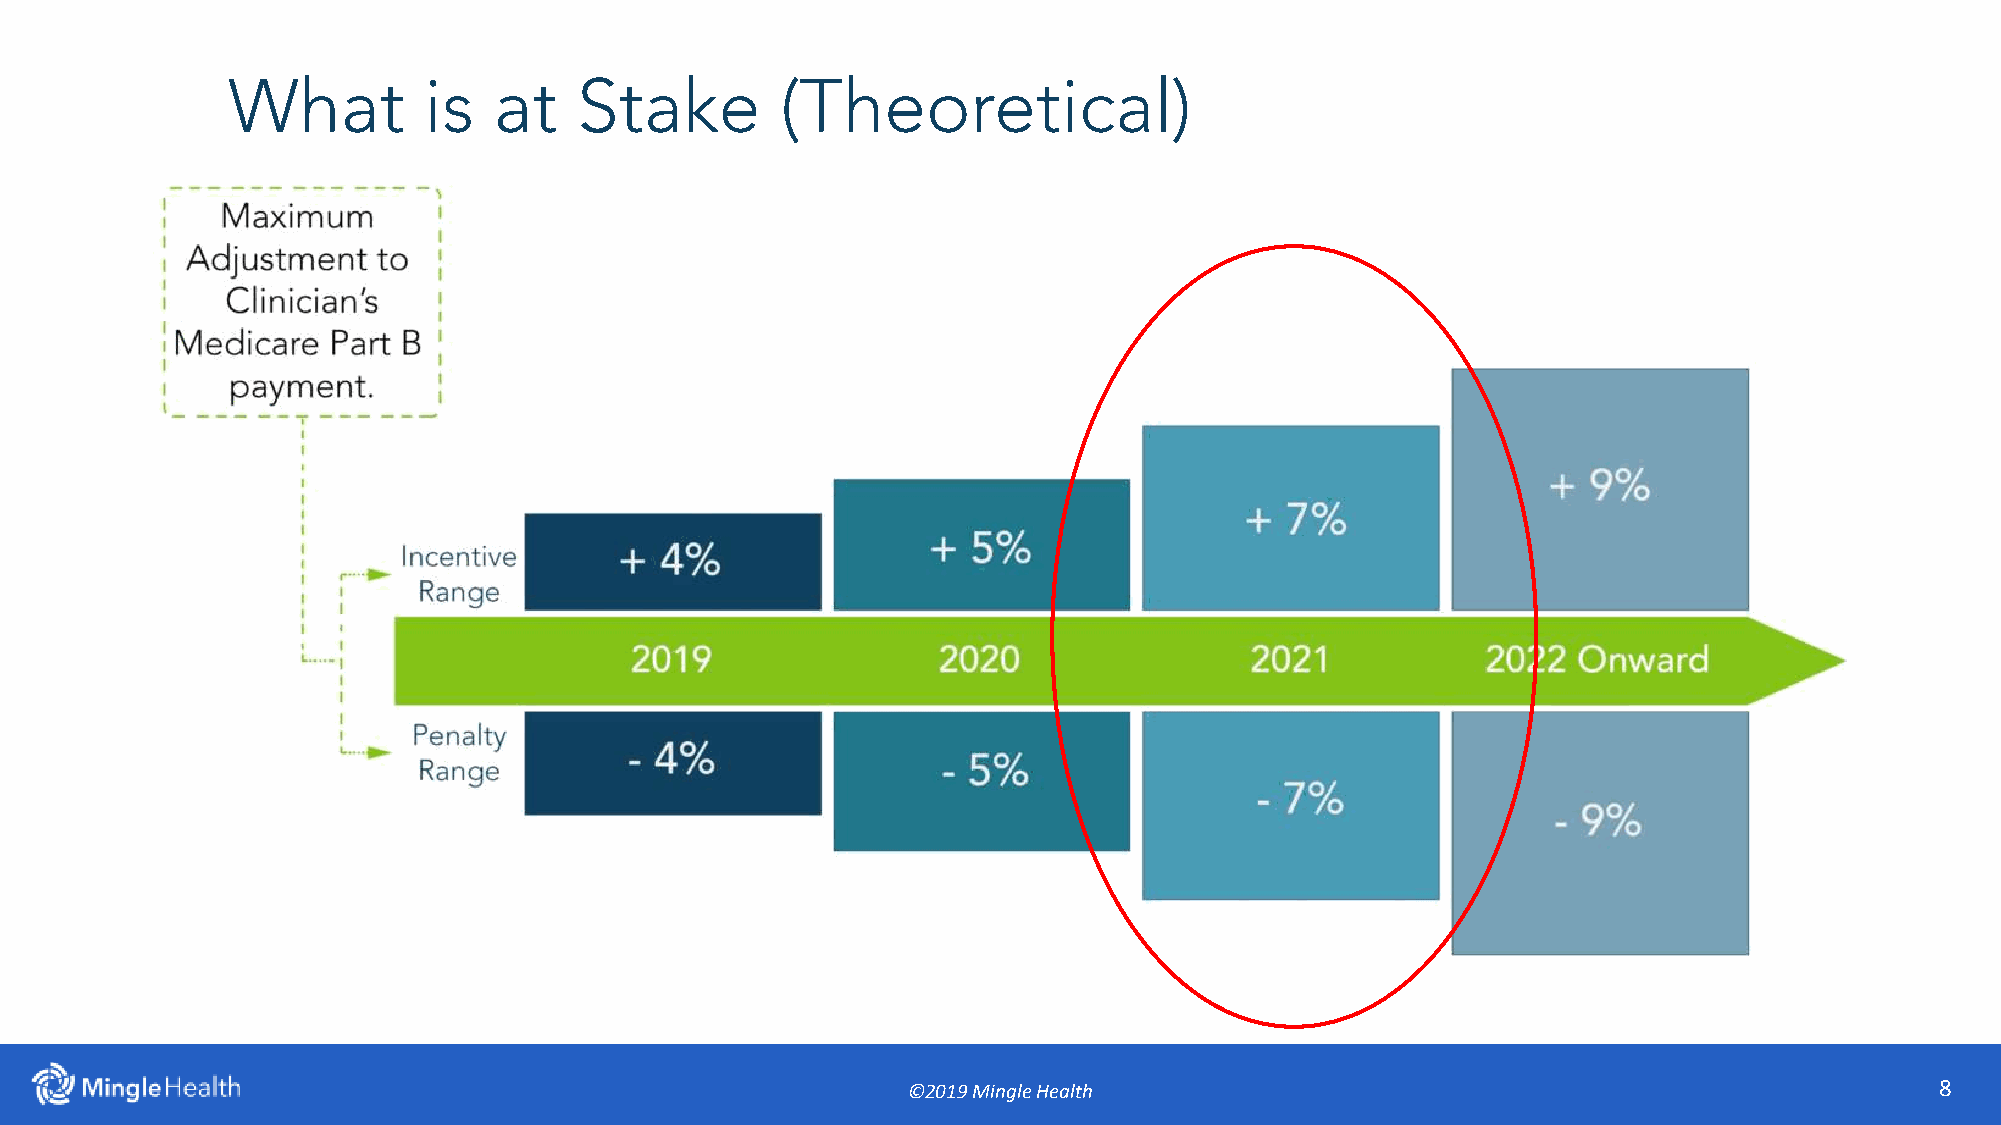
What         is   at   Stake         (Theoretical)
 ©2019 Mingle Health                                                 8